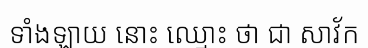
ទាំងឡាយ នោះ ឈ្មោះ ថា ជា សាវ័ក